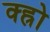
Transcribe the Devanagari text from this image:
क्ह्रो